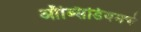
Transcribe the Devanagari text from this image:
ऑब्सिडियमचे